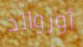
أوزوالد